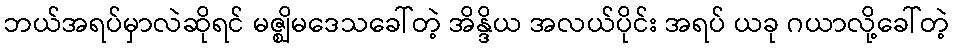
ဘယ်အရပ်မှာလဲဆိုရင် မဇ္ဈိမဒေသခေါ်တဲ့ အိန္ဒိယ အလယ်ပိုင်း အရပ် ယခု ဂယာလို့ခေါ်တဲ့